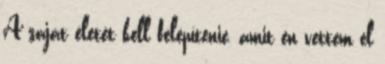
A saját életét kell felépítenie, amit én vettem el